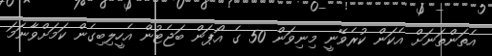
އެތަންތަނަށް އެކަން ކުރެވޭނީ މިނިވަން 50 ގެ އޯޕަން ބަޖެޓުން އެހީލިބިގެން ކަމަށްވާނަމަ